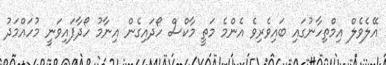
އޭލެވެލް އިމްތިހާނުގައި ބައިވެރިވެ އެންމެ މަތީ މާކްސް ހޯދައިގެން އިނާމު ހޯދާފައިވަނީ މުހައްމަދު